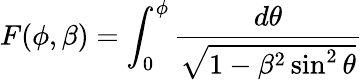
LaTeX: F(\phi,\beta)=\int_{0}^{\phi}\frac{d\theta}{\sqrt{1-\beta^{2}\sin^{2}\theta}}